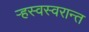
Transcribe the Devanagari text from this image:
ऱ्हस्वस्वरान्त